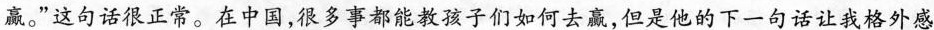
赢。”这句话很正常。在中国，很多事都能教孩子们如何去赢，但是他的下一句话让我格外感